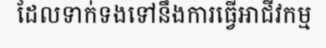
ដែលទាក់ទងទៅនឹងការធ្វើអាជីវកម្ម